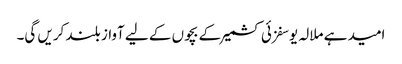
امید ہے ملالہ یوسفزئی کشمیر کے بچوں کے لیے آواز بلند کریں گی۔